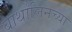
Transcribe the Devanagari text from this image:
बार्थोलिनच्या